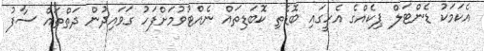
އެކަމަކު ޑެންޓަލް ޕިކެއްގެ އެހީގައި ބޮޑެތި ކޮބަޑިތައް ނެއްޓުވުމަށްފަހު ގަވައިދުން ދަތްތައް ސާފު